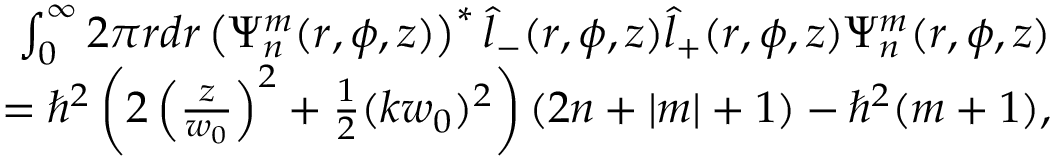
\begin{array} { r l r } & { } & { \int _ { 0 } ^ { \infty } 2 \pi r d r \left( \Psi _ { n } ^ { m } ( r , \phi , z ) \right) ^ { * } \hat { l } _ { - } ( r , \phi , z ) \hat { l } _ { + } ( r , \phi , z ) \Psi _ { n } ^ { m } ( r , \phi , z ) } \\ & { } & { = \hbar ^ { 2 } \left( 2 \left( \frac { z } { w _ { 0 } } \right) ^ { 2 } + \frac { 1 } { 2 } ( k w _ { 0 } ) ^ { 2 } \right) ( 2 n + | m | + 1 ) - \hbar ^ { 2 } ( m + 1 ) , } \end{array}